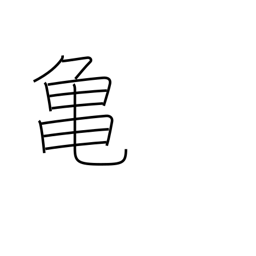
Meaning: tortoise